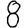
Digit: 8